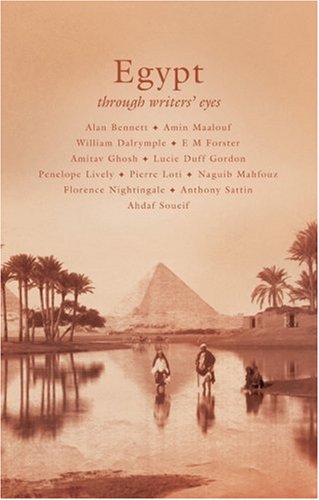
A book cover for Egypt (Through Writers' Eyes); Deborah Manley; Travel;